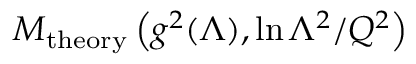
{ \cal M } _ { \mathrm { t h e o r y } } \left( g ^ { 2 } ( \Lambda ) , \ln { \Lambda ^ { 2 } / Q ^ { 2 } } \right)